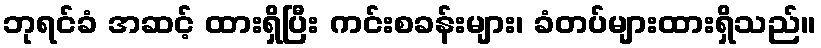
ဘုရင်ခံ အဆင့် ထားရှိပြီး ကင်းစခန်းများ၊ ခံတပ်များထားရှိသည်။